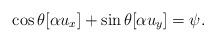
LaTeX: \begin{align*}\cos \theta [\alpha u_x] + \sin \theta [\alpha u_y] = \psi.\end{align*}